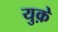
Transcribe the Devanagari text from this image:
युक़े